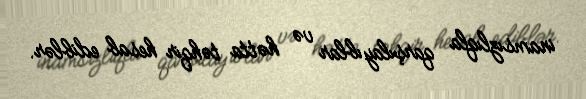
inamsızlıqla qarşılayıblar və hətta təhqir hesab ediblər.